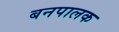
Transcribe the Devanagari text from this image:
बनपालक